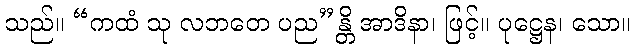
သည်။ “ကထံ သု လဘတေ ပည”န္တိ အာဒိနာ၊ ဖြင့်။ ပုဋ္ဌေန၊ သော။